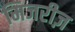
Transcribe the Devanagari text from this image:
मिजरीज़